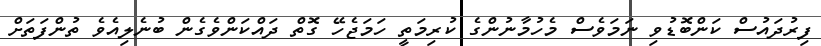
ފިރުދައުސް ކަންބޮޑުވި ނަމަވެސް މެހުމާނުންގެ ކުރިމަތީ ހަމަޖެހޭ ގޮތް ދައްކަންވެގެން ބުނެލިއެވެ ތުންފަތަށް